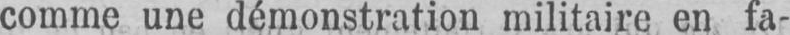
comme une démonstration militaire en fa-